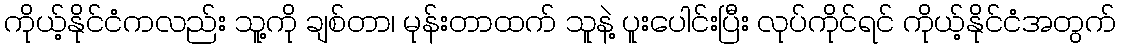
ကိုယ့်နိုင်ငံကလည်း သူ့ကို ချစ်တာ၊ မုန်းတာထက် သူနဲ့ ပူးပေါင်းပြီး လုပ်ကိုင်ရင် ကိုယ့်နိုင်ငံအတွက်